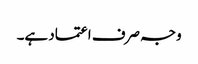
وجہ صرف اعتماد ہے۔